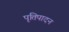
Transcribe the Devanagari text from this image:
पृतिपादन